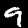
Digit: 9